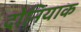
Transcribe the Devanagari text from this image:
दोनियाक